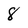
Character: 8